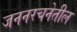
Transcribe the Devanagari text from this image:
जननरचनेतील